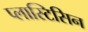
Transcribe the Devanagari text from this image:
प्लास्टिसिन